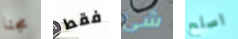
مجنا فقط شئ اصلح